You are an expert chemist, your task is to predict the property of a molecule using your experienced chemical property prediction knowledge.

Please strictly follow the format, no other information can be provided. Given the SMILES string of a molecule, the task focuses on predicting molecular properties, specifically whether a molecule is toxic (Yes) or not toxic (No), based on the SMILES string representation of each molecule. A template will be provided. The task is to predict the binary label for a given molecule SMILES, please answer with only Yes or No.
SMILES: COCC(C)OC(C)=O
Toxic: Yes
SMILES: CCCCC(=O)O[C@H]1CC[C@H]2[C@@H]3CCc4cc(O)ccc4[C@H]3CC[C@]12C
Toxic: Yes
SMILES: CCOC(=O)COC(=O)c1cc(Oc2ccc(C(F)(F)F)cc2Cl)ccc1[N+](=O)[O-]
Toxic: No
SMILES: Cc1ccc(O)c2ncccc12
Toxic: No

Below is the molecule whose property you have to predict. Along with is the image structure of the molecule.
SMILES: CCC(C)(O)CCC=C(C)C
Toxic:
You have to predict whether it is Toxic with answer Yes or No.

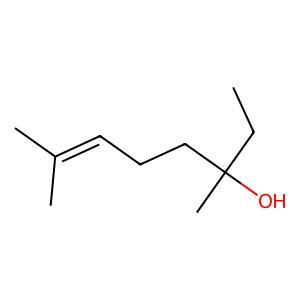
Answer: No